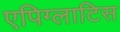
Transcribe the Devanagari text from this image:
एपिग्लाटिस